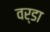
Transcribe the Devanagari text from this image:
वर्डा